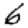
Digit: 6